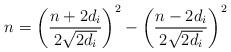
LaTeX: \begin{align*}n=\bigg(\frac{n+2d_i}{2\sqrt{2d_i}}\bigg)^2-\bigg(\frac{n-2d_i}{2\sqrt{2d_i}}\bigg)^2\end{align*}